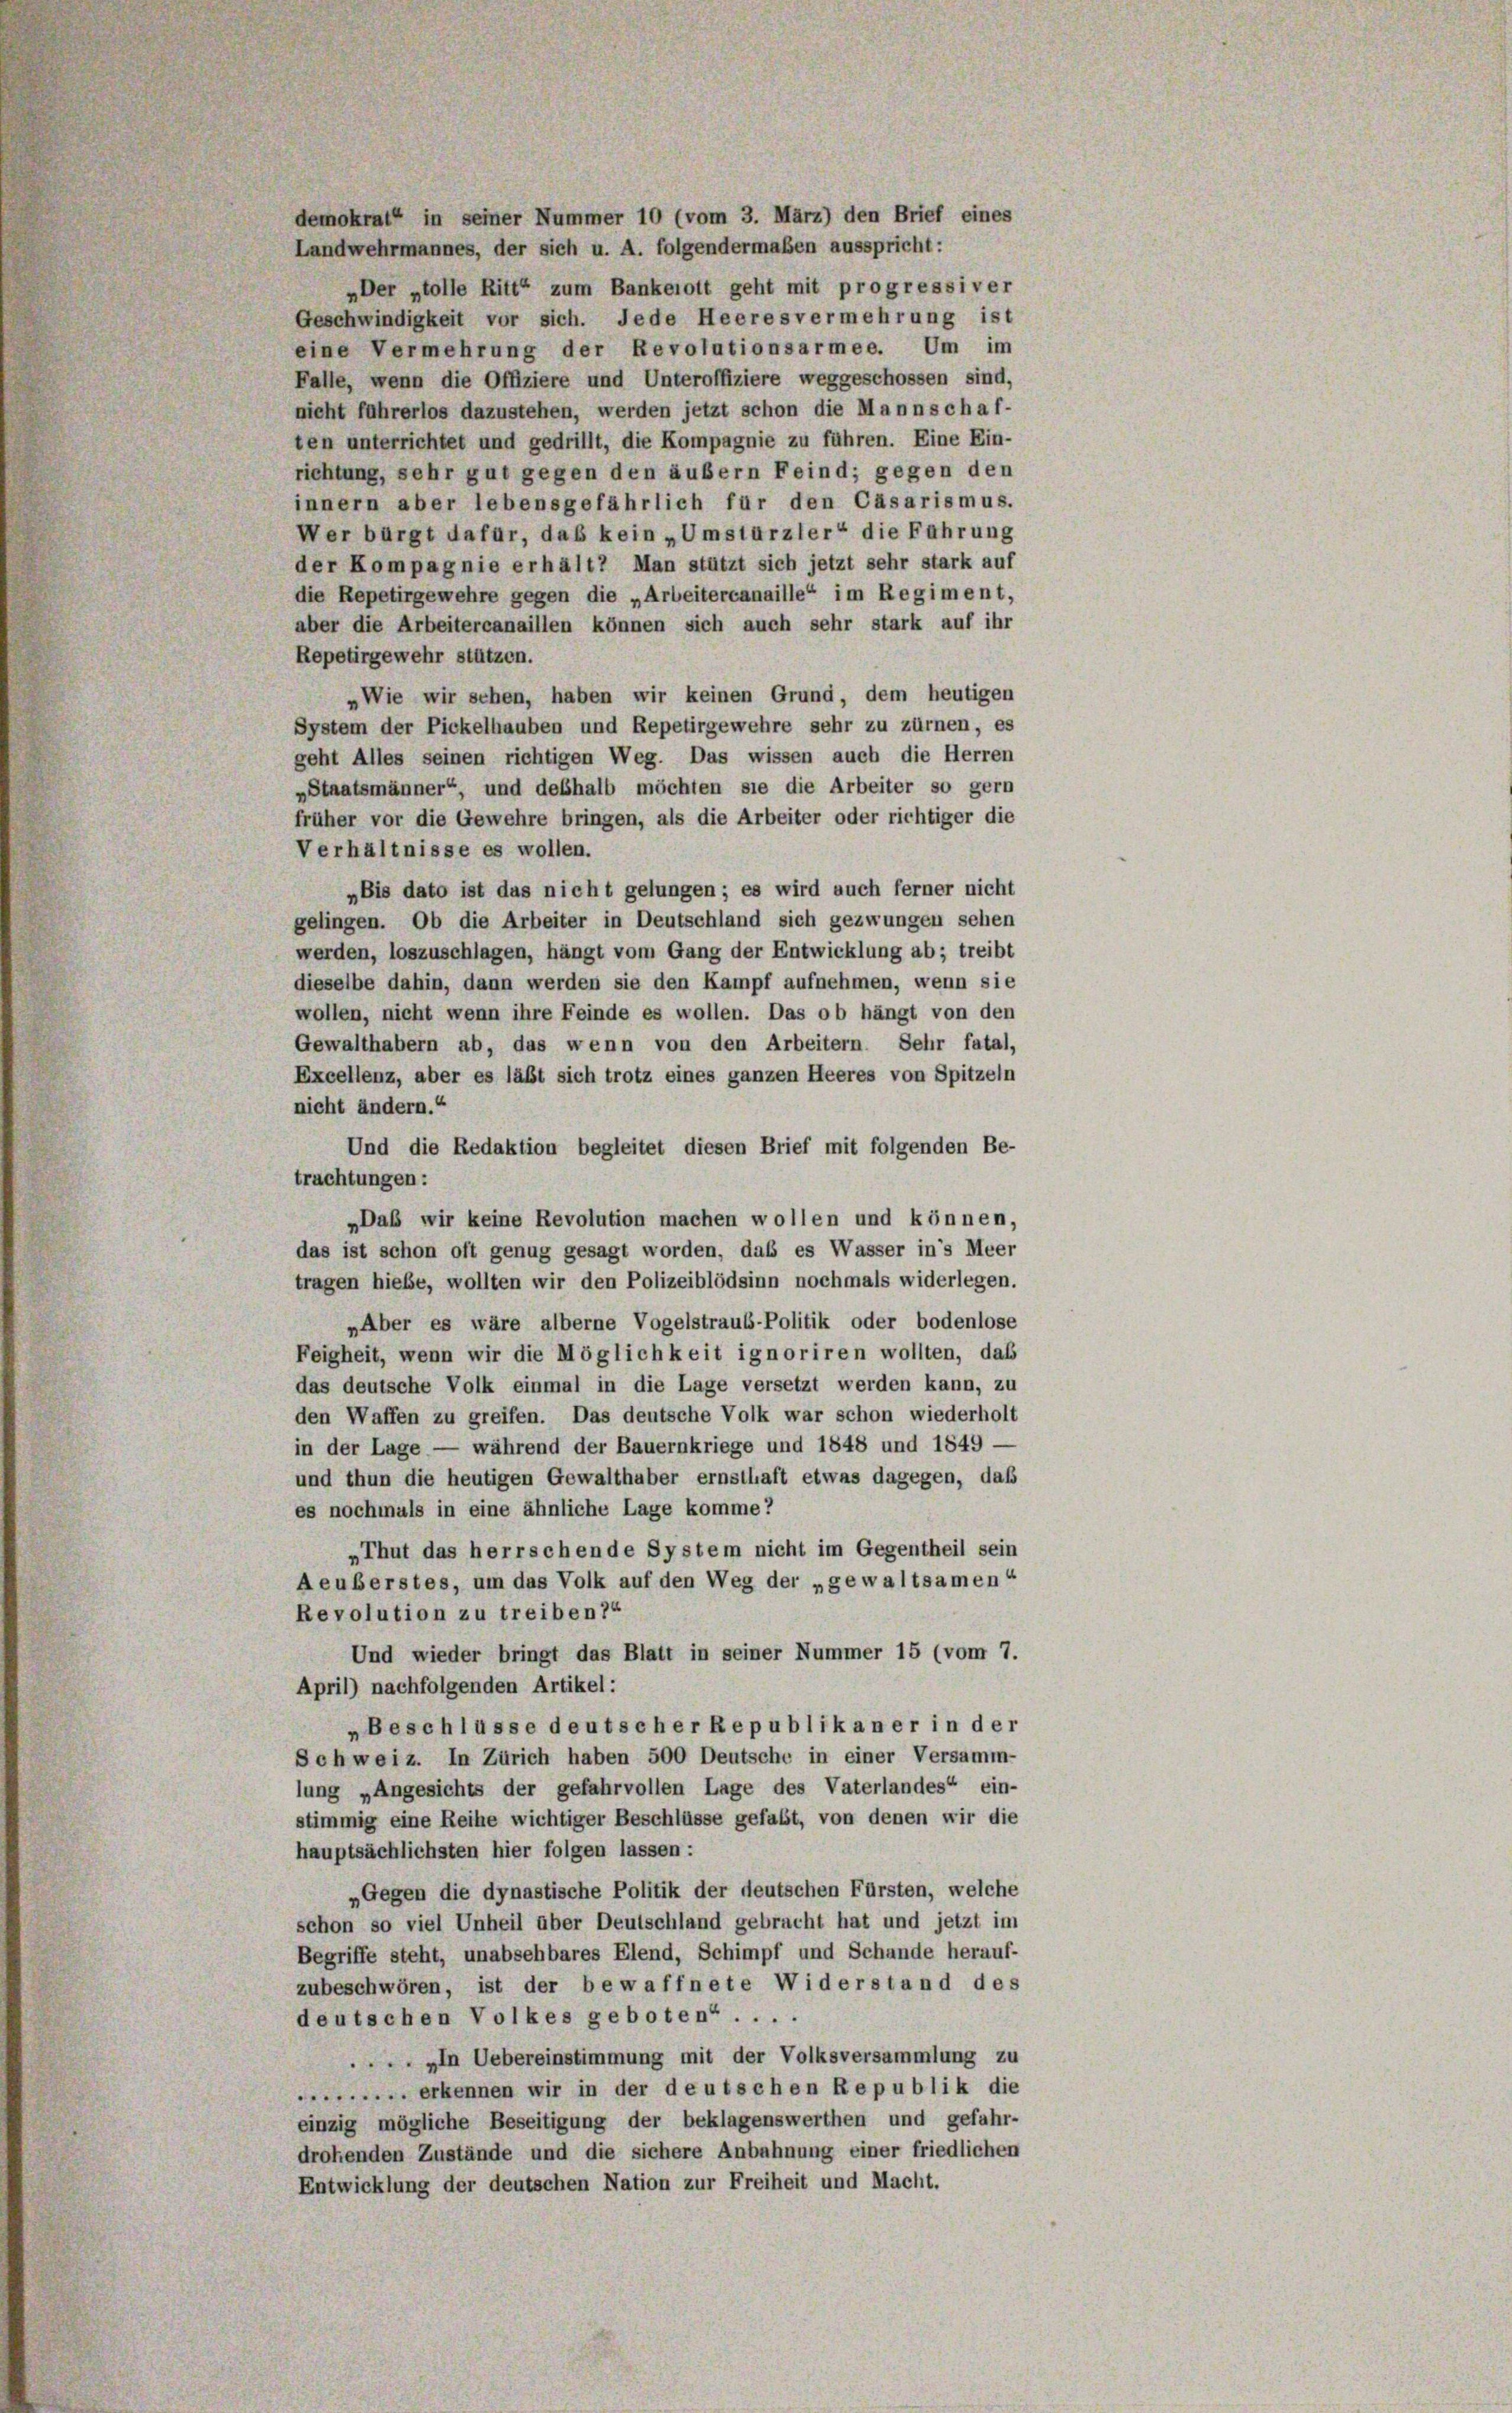
demokrat in seiner Nummer 10 (vom 3. März) den Brief eines
Landwehrmannes, der sich u. A. folgendermaßen ausspricht:
„Der stolle Ritt“ zum Bankerott geht mit progressiver
Geschwindigkeit vor sich. Jede Heeres vermehrung ist
eine Vermehrung der Revolutionsarmee. Um im
Falle, wenn die Offiziere und Unteroffiziere weggeschossen sind,
nicht führerlos dazustehen, werden jetzt schon die Mannschaf-
ten unterrichtet und gedrillt, die Kompagnie zu führen. Eine Ein-
richtung, sehr gut gegen den äußern Feind; gegen den
innern aber lebensgefährlich für den Cäsarismus.
Wer bürgt dafür, daß kein „Umsturzler“ die Fahrung
der Kompagnie erhält? Man stützt sich jetzt sehr stark auf
die Repetirgewehre gegen die „Arbeitercanaille“ im Regiment,
aber die Arbeitercanaillen können sich auch sehr stark auf ihr
Repetirgewehr stützen.
„Wie wir sehen, haben wir keinen Grund, dem heutigen
System der Pickelhauben und Repetirgewehre sehr zu zürnen, es
geht Alles seinen richtigen Weg. Das wissen auch die Herren
„Staatsmänner“, und deßhalb möchten sie die Arbeiter so gern
früher vor die Gewehre bringen, als die Arbeiter oder richtiger die
Verhältnisse es wollen.
„Bis dato ist das nicht gelungen; es wird auch ferner nicht
gelingen. Ob die Arbeiter in Deutschland sich gezwungen sehen
werden, loszuschlagen, hängt vom Gang der Entwicklung ab; treibt
dieselbe dahin, dann werden sie den Kampf aufnehmen, wenn sie
wollen, nicht wenn ihre Feinde es wollen. Das ob hängt von den
Gewalthabern ab, das wenn von den Arbeitern. Sehr fatal,
Excellenz, aber es läßt sich trotz eines ganzen Heeres von Spitzeln
nicht ändern.“
Und die Redaktion begleitet diesen Brief mit folgenden Be-
trachtungen:
„Das wir keine Revolution machen wollen und können,
das ist schon oft genug gesagt worden, daß es Wasser in’s Meer
tragen hiebe, wollten wir den Polizeiblödsinn nochmals widerlegen.
„Aber es wäre alberne Vogelstraub-Politik oder bodenlose
Feigheit, wenn wir die Möglichkeit ignoriren wollten, das
das deutsche Volk einmal in die Lage versetzt werden kann, zu
den Waffen zu greifen. Das deutsche Volk war schon wiederholt
in der Lage — während der Bauernkriege und 1848 und 1849.
und thun die heutigen Gewalthaber ernsthaft etwas dagegen, daß
es nochmals in eine ähnliche Lage komme?
„Thut das herrschende System nicht im Gegentheil sein
Aeuberstes, um das Volk auf den Weg der „gewaltsamen“
Revolution zu treiben?“
Und wieder bringt das Blatt in seiner Nummer 15 (vom 7.
April) nachfolgenden Artikel:
„Beschlüsse deutscher Republikaner in der
Schweiz. In Zürich haben 500 Deutsche in einer Versamm-
lung „Angesichts der gefahrvollen Lage des Vaterlandes“, ein-
stimmig eine Reihe wichtiger Beschlüsse gefaßt, von denen wir die
hauptsächlichsten hier folgen lassen:
„Gegen die dynastische Politik der deutschen Fürsten, welche
schon so viel Unheil über Deutschland gebracht hat und jetzt im
Begriffe steht, unabsehbares Elend, Schimpf und Schande herauf-
zubeschwören, ist der bewaffnete Widerstand des
deutschen Volkes geboten“....
 „In Uebereinstimmung mit der Volksversammlung zu
. erkennen wir in der deutschen Republik die
einzig mögliche Beseitigung der beklagenswerthen und gefahr-
drohenden Zustände und die sichere Anbahnung einer friedlichen
Entwicklung der deutschen Nation zur Freiheit und Macht.